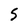
Character: 5